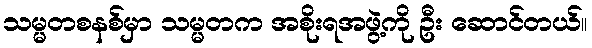
သမ္မတစနစ်မှာ သမ္မတက အစိုးရအဖွဲ့ကို ဦး ဆောင်တယ်။